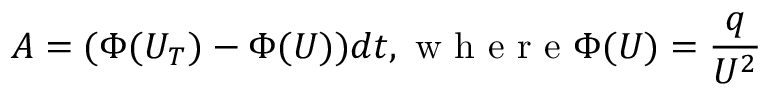
A = ( \Phi ( U _ { T } ) - \Phi ( U ) ) d t , \textrm { w h e r e } \Phi ( U ) = \frac { q } { U ^ { 2 } }